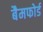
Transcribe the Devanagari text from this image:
बैमफोर्ड